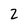
Character: 2